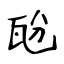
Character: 瓰